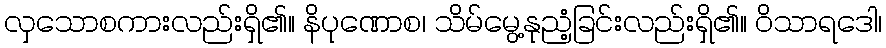
လှသောစကားလည်းရှိ၏။ နိပုဏောစ၊ သိမ်မွေ့နုညံ့ခြင်းလည်းရှိ၏။ ဝိသာရဒေါ၊